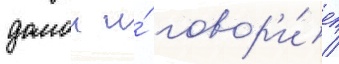
домои и́ говор'и́т /